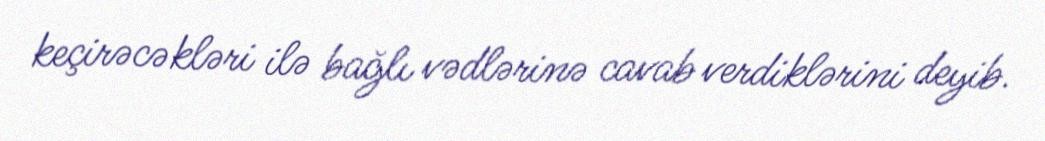
keçirəcəkləri ilə bağlı vədlərinə cavab verdiklərini deyib.